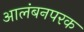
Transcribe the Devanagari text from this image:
आलंबनपरक